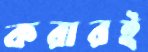
করারই